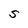
Character: S